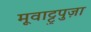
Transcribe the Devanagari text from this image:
मूवाट्टुपुज़ा